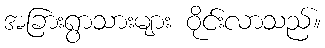
အခြားရွာသားများ ဝိုင်းလာသည်။